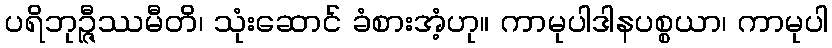
ပရိဘုဉ္ဇီဿမီတိ၊ သုံးဆောင် ခံစားအံ့ဟု။ ကာမုပါဒါနပစ္စယာ၊ ကာမုပါ